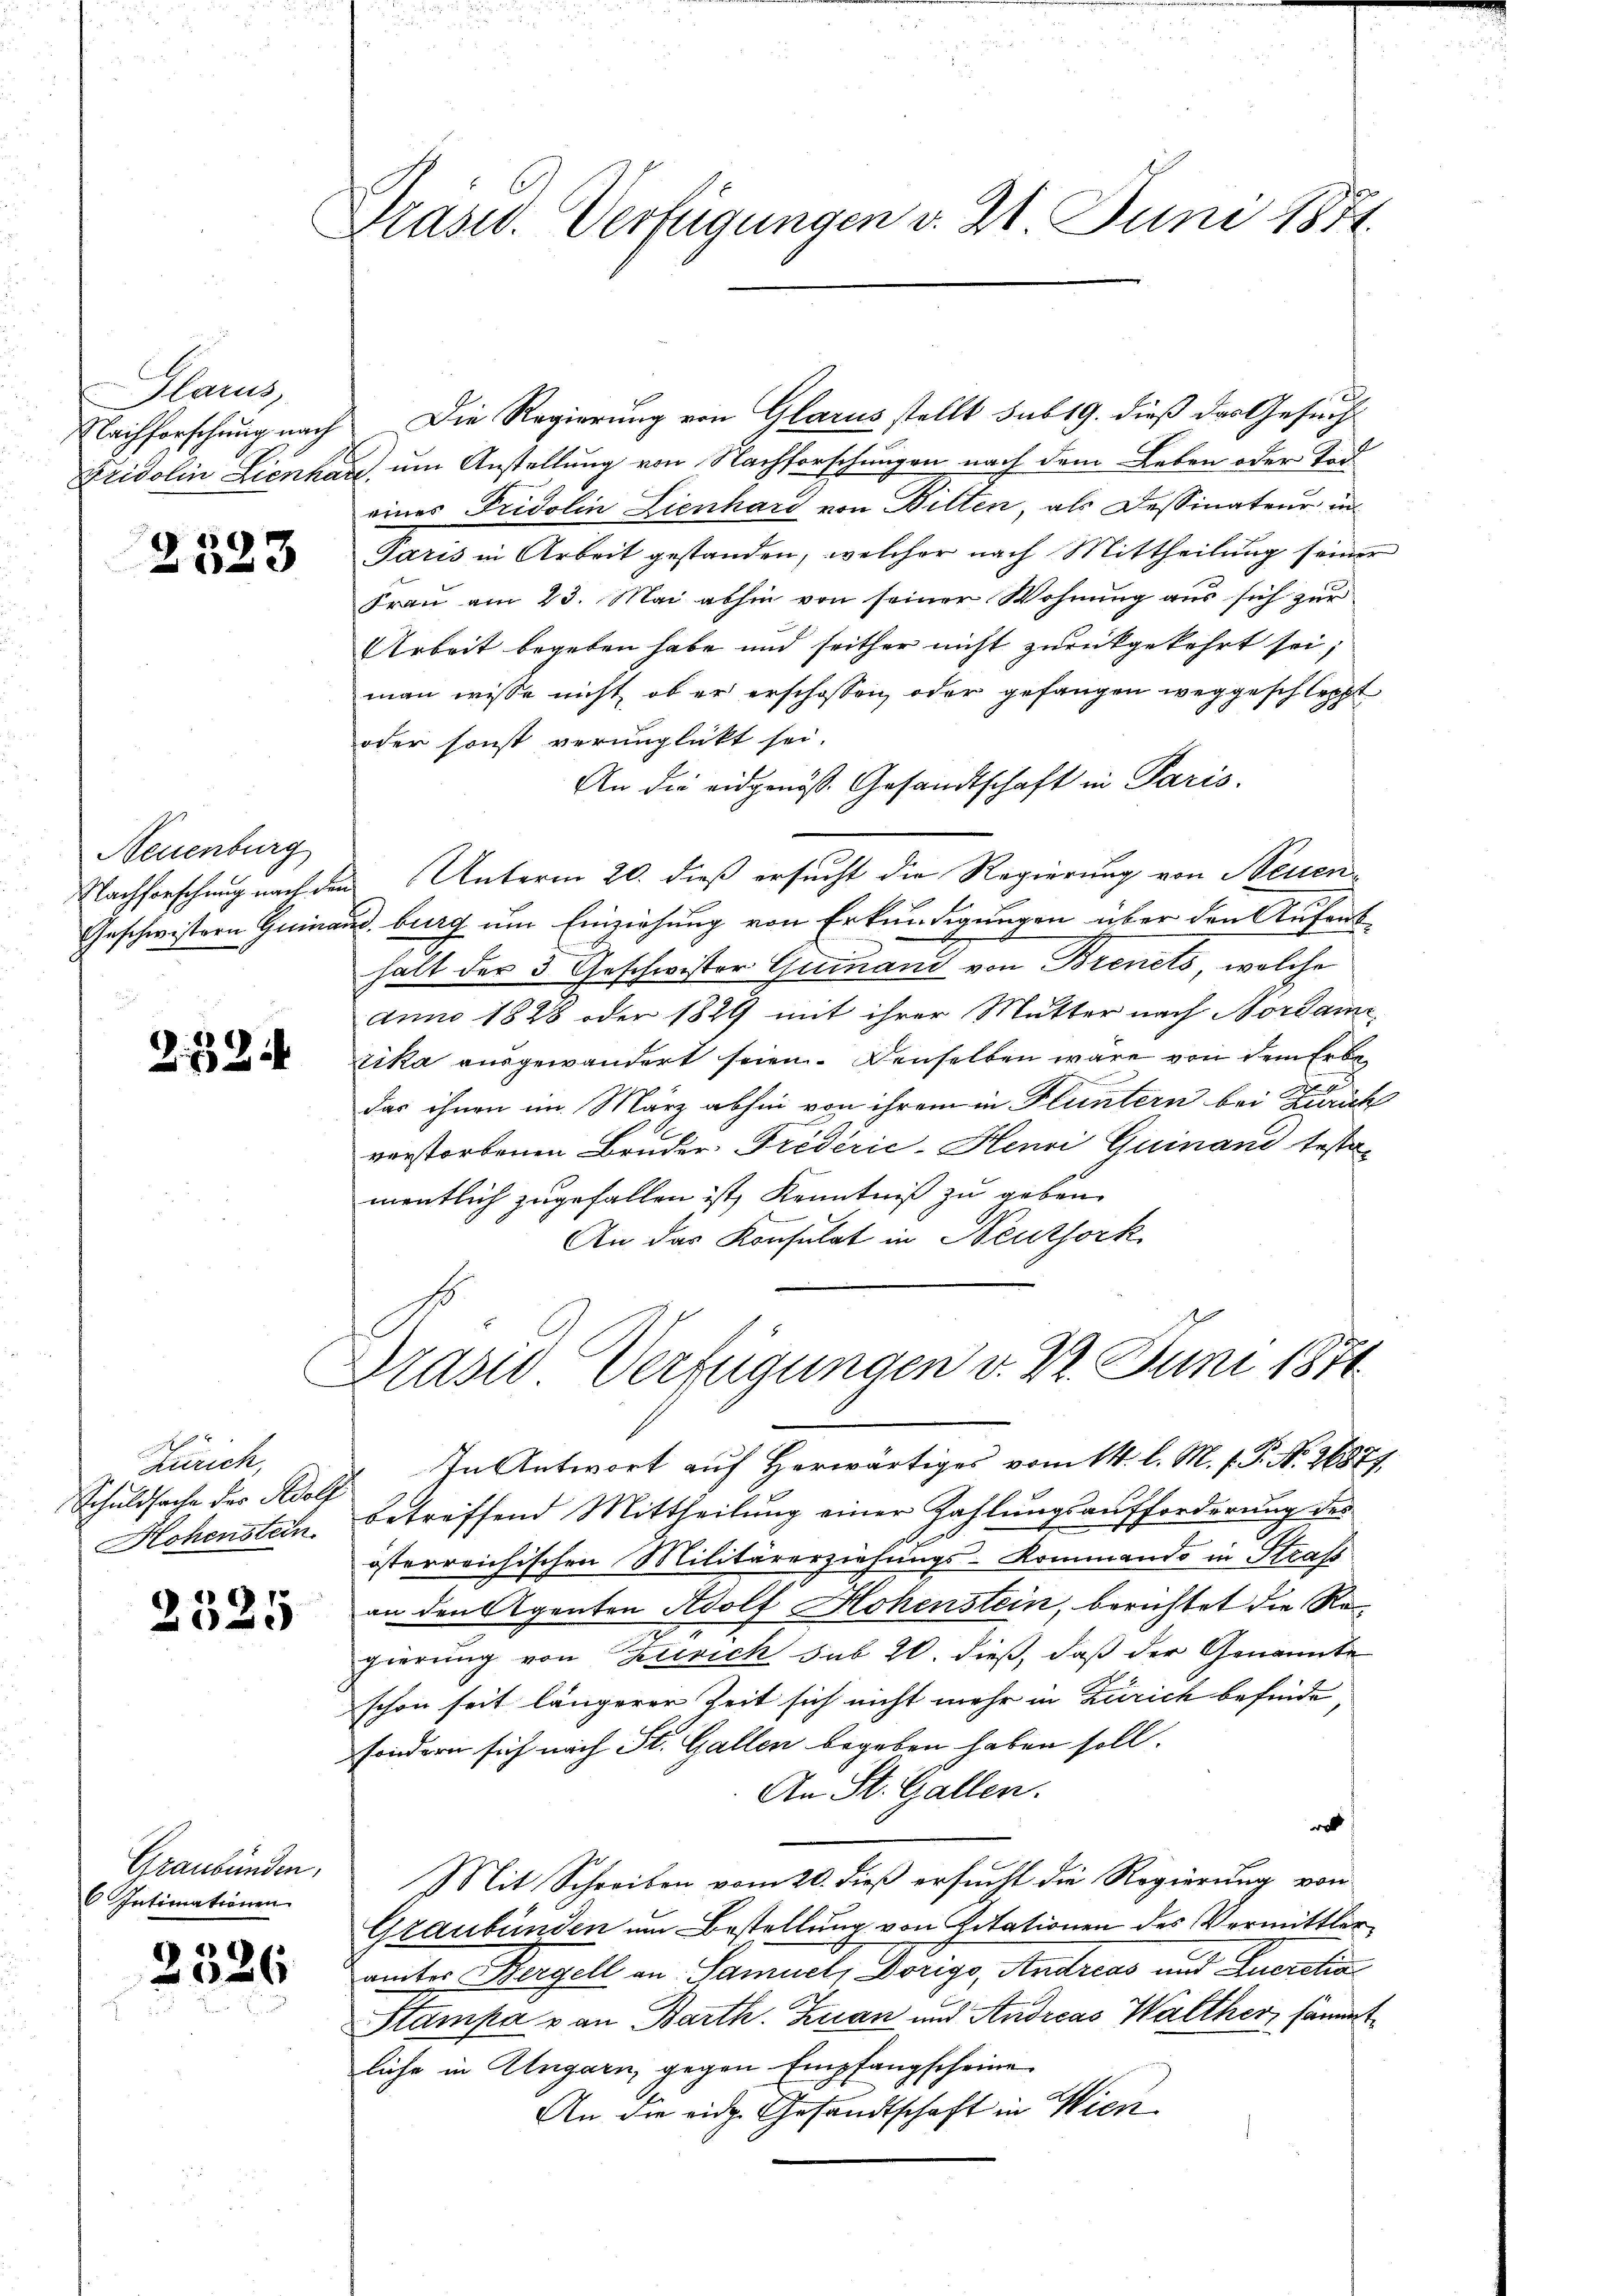
Glarus,
Nachforschung nach
Fridolin Lienha

e
e

Neuenburg
Nachforschung nach die
Geschwistern Gem

232

Zürich,
Schuldsache des Adol
Hohenstein

2525

Graubünden,
6 Intimationen.

2
)

Präsid. Verfügungen v. 21 Juni 1871

Die Regierung von Glarus stellt sub 19. dieß das Gesuch
c um Anstellung von Nachforschungen nach dem Leben oder Tod
eines Fridolin Lienhard von Bilten, als Dessinateur in
Paris in Arbeit gestanden, welcher nach Mittheilung seiner
Frau am 23. Mai abhin von seiner Wohnung aus sich zur
Arbeit begeben habe und seither nicht zurückgekehrt sei;
man wisse nicht, ob er erschossen, oder gefangen weggeschleppt
oder sonst verunglückt sei.
An die eidgenöss. Gesandtschaft in Paris.
u. Unterm 20. dieß ersucht die Regierung von Neuenad. burg um Einziehung von Erkundigungen über den Aufent
halt der 3 Geschwister Greinand von Brenets, welche
aun 1828 oder 1829 mit ihrer Mutter nach Nordami
zika ausgewandert seien. Denselben wäre von dem Erbe
das ihnen im März abhin von ihrem in Fluntern bei Zurück
verstorbenen Bruder Fredérić-Henri Quinand testa-
mentlich zugefallen ist, Kenntniß zu geben.
An das Konsulat in Neuthork
Drasso Verfügungen v. 22. Juni 1871
In Antwort auf Herwärtiges vom 14. l. M. v. P. Nr. 26877.
betreffend Mittheilung einer Zahlungsaufforderung des
österreichischen Militärerziehungs-Kommando in Strafs
an den Agenten Adolf Hohenstein, berichtet die Rogierung von Zürich sub 20. dieß, daß der Genannte
schon seit längerer Zeit sich nicht mehr in Zürich befinde
sondern sich nach St. Gallen begeben haben soll.
An St. Gallen.
a
Mit Schreiben vom 20. dieß ersucht die Regierung von
Graubünden um Bestellung von Zitationen des Vermittlerämter Bergell an Samuel, Dorigo, Andreas und Zuerstin
Stampa v an Barth. Zuan und Andreas Walther, sämmt
läche in Ungarn gegen Empfangscheine
An die eidg. Gesandtschaft in Wien